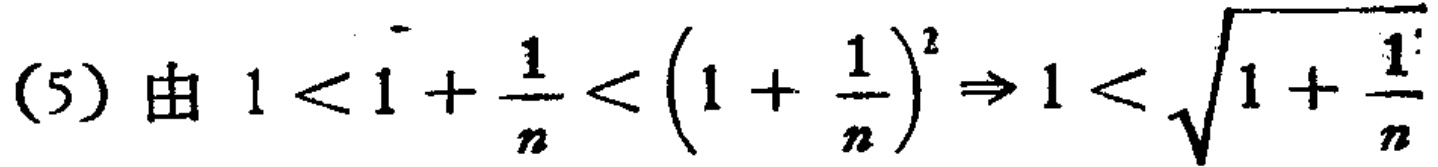
(5) 由 \(1 < 1+\frac{1}{n}<\left(1 + \frac{1}{n}\right)^2\Rightarrow 1 < \sqrt{1+\frac{1}{n}}\)